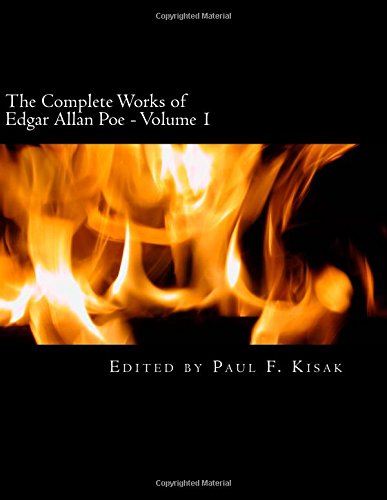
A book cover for The Complete Works of Edgar Allen Poe: Volume 1 (Edgar Allan Poe); Edited by Paul F. Kisak; Literature & Fiction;